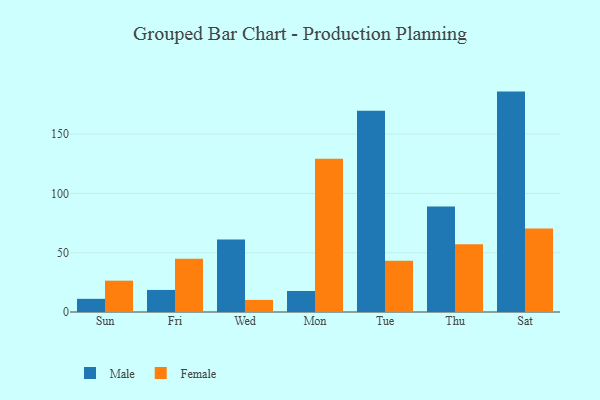
{"axis": {"x": "Day", "y": "Market Share (%)"}, "legend": ["Female", "Male"], "data": [{"x": "Sun", "y": 11.1, "type": "Male"}, {"x": "Sun", "y": 26.4, "type": "Female"}, {"x": "Fri", "y": 18.6, "type": "Male"}, {"x": "Fri", "y": 44.9, "type": "Female"}, {"x": "Wed", "y": 61.2, "type": "Male"}, {"x": "Wed", "y": 10.2, "type": "Female"}, {"x": "Mon", "y": 17.7, "type": "Male"}, {"x": "Mon", "y": 129.1, "type": "Female"}, {"x": "Tue", "y": 169.6, "type": "Male"}, {"x": "Tue", "y": 43.3, "type": "Female"}, {"x": "Thu", "y": 89.0, "type": "Male"}, {"x": "Thu", "y": 57.1, "type": "Female"}, {"x": "Sat", "y": 185.8, "type": "Male"}, {"x": "Sat", "y": 70.3, "type": "Female"}]}